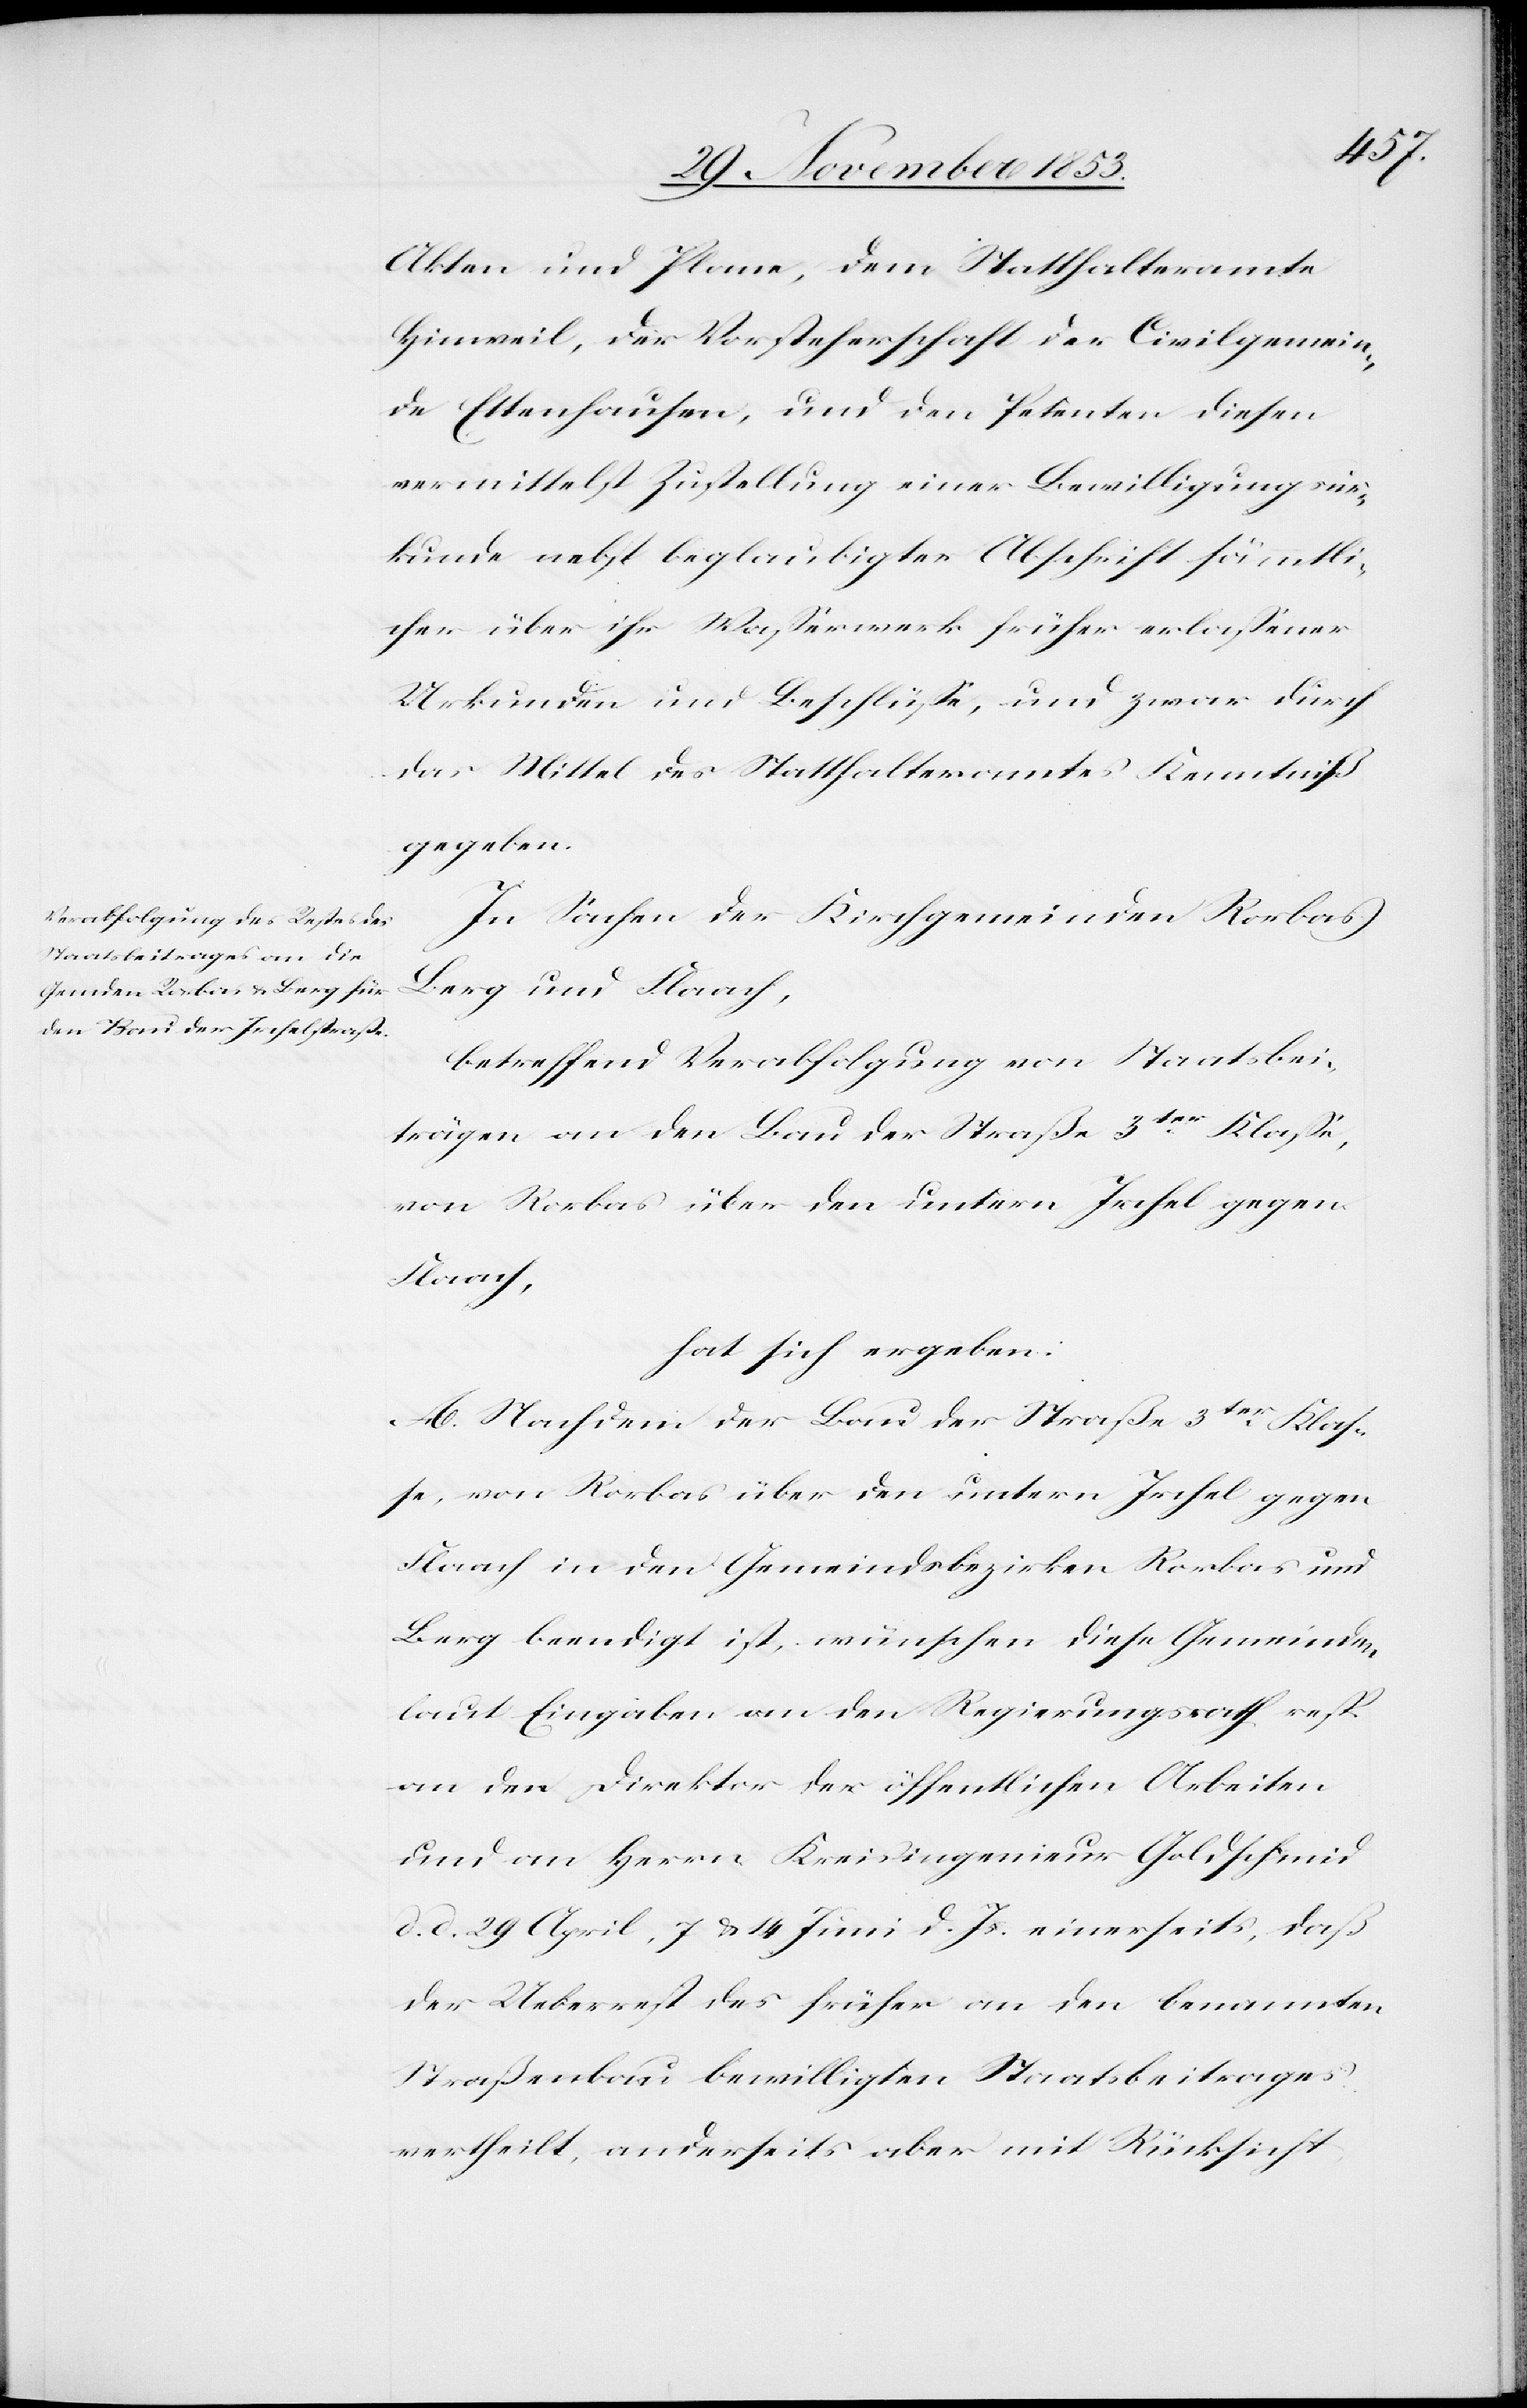
Akten und Plane, dem Statthalteramte
Hinweil, der Vorsteherschaft der Civilgemein¬
de Ettenhausen, und den Petenten diesen
vermittelst Zustellung einer Bewilligungsur¬
kunde nebst beglaubigter Abschrift sämmtli¬
cher über ihr Waßerwerk früher erlaßener
Urkunden und Beschlüße, und zwar durch
das Mittel des Statthalteramtes Kenntniß
gegeben.
In Sachen der Kirchgemeinden Rorbas
Berg und Flaach,
betreffend Verabfolgung von Staatsbei¬
trägen an den Bau der Straße 3ter Klasse,
von Rorbas über den untern Irchel gegen
Flaach,
hat sich ergeben:
A. Nachdem der Bau der Straße 3ter Klas¬
se, von Rorbas über den untern Irchel gegen
Flaach in den Gemeindsbezirken Rorbas und
Berg beendigt ist, wünschen diese Gemeinden
laut Eingaben an den Regierungsrath resp.
an den Direktor der öffentlichen Arbeiten
und an Herrn Kreisingenieur Goldschmid
d. d. 29 April, 7 & 14 Juni d. Js. einerseits, daß
der Ueberrest des früher an den benannten
Straßenbau bewilligten Staatsbeitrages
vertheilt, anderseits aber mit Rücksicht